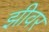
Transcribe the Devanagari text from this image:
झीवर